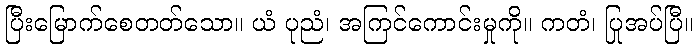
ပြီးမြောက်စေတတ်သော။ ယံ ပုညံ၊ အကြင်ကောင်းမှုကို။ ကတံ၊ ပြုအပ်ပြီ။